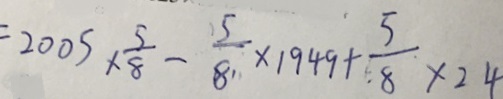
= 2 0 0 5 \times \frac { 5 } { 8 } - \frac { 5 } { 8 } \times 1 9 4 9 + \frac { 5 } { 8 } \times 2 4